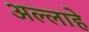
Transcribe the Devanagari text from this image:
अल्लाहे